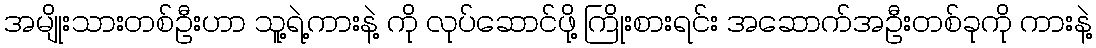
အမျိုးသားတစ်ဦးဟာ သူ့ရဲ့ကားနဲ့ ကို လုပ်ဆောင်ဖို့ ကြိုးစားရင်း အဆောက်အဦးတစ်ခုကို ကားနဲ့